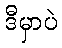
ဒီမှာပဲ